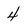
Character: 4